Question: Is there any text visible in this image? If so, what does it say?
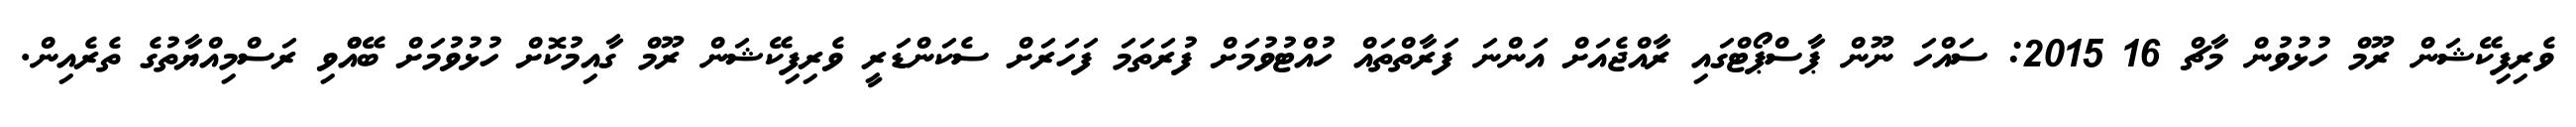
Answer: ވެރިފިކޭޝަން ރޫމް ހުޅުވުން މާޗް 16 2015: ސައްހަ ނޫން ޕާސްޕޯޓްގައި ރާއްޖެއަށް އަންނަ ފަރާތްތައް ހުއްޓުވުމަށް ފުރަތަމަ ފަހަރަށް ސެކަންޑަރީ ވެރިފިކޭޝަން ރޫމް ގާއިމުކޮށް ހުޅުވުމަށް ބޭއްްވި ރަސްމިއްޔާތުގެ ތެރެއިން.